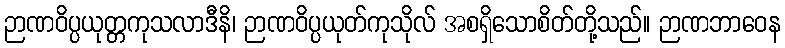
ဉာဏဝိပ္ပယုတ္တကုသလာဒီနိ၊ ဉာဏဝိပ္ပယုတ်ကုသိုလ် အစရှိသောစိတ်တို့သည်။ ဉာဏဘာဝေန